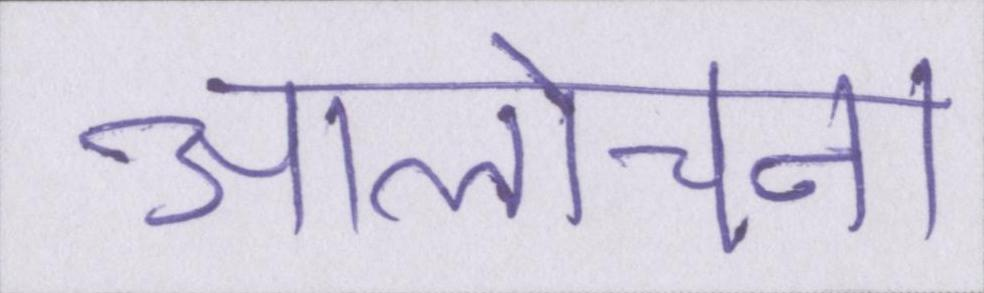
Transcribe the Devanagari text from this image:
आलोचना